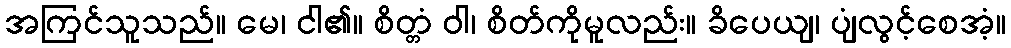
အကြင်သူသည်။ မေ၊ ငါ၏။ စိတ္တံ ဝါ၊ စိတ်ကိုမူလည်း။ ခိပေယျ၊ ပျံလွင့်စေအံ့။